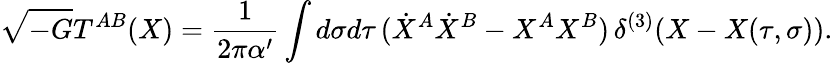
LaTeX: \sqrt{-G}T^{AB}(X)=\frac{1}{2\pi\alpha^{\prime}}\int d\sigma d\tau\, (\dot{X}^{A}\dot{X}^{B}-X^{A}X^{B})\, \delta^{(3)}(X-X(\tau,\sigma)).